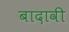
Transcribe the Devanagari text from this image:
बादावी